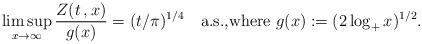
LaTeX: \begin{align*}\limsup_{x\to\infty} \frac{Z(t\,,x)}{g(x)} = (t/\pi)^{1/4}\quad\text{a.s.,where $g(x):=(2\log_+ x)^{1/2}$.}\end{align*}